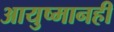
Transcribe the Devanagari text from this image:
आयुष्मानही